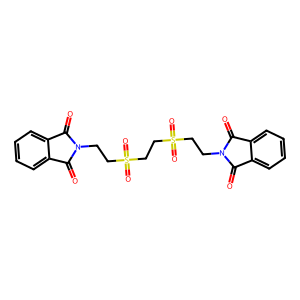
SMILES: O=C1c2ccccc2C(=O)N1CCS(=O)(=O)CCS(=O)(=O)CCN1C(=O)c2ccccc2C1=O
Inhibits HIV replication: No